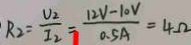
. R _ { 2 } = \frac { U _ { 2 } } { I _ { 2 } } = \frac { 1 2 V - 1 0 V } { 0 . 5 A } = 4 \Omega